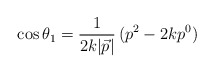
\begin{align*}\cos\theta_{1} = \frac{1}{2k|\vec{p}|}\,(p^{2} - 2kp^{0})\end{align*}